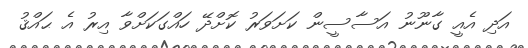
އަދި އެއީ ގާނޫނު އަސާސީން ކަށަވަރު ކޮށްދޭ ހައްގަކަށްވާ އިރު އެ ޙައްޤު